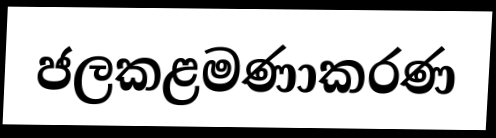
ජලකළමණාකරණ